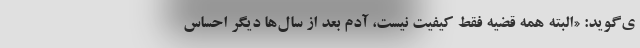
ی‌گوید: «البته همه قضیه فقط کیفیت نیست، آدم بعد از سال‌ها دیگر احساس